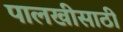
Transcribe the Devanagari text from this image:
पालखीसाठी